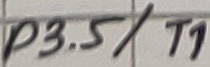
Text: P3.5/T1